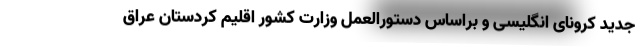
جدید کرونای انگلیسی و براساس دستورالعمل وزارت کشور اقلیم کردستان عراق